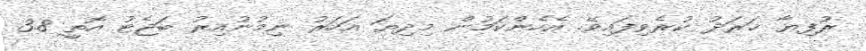
ރުފިޔާ ޚަރަދު ކުރެވިފައިވޭ. އެހެންކަމުން މިދިޔަ އަހަރު ނިމުނުއިރު ބަޖެޓު އޮތީ 3.8